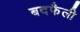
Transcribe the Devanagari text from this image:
बदफैली